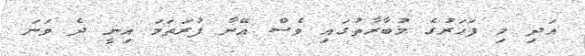
އަދި މި ފަހަރުގެ މުބާރާތުގައި ވެސް އޭނާ ފުރަތަމަ އިނީ ދެ ވަނަ